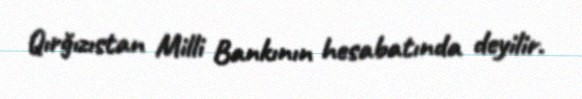
Qırğızıstan Milli Bankının hesabatında deyilir.